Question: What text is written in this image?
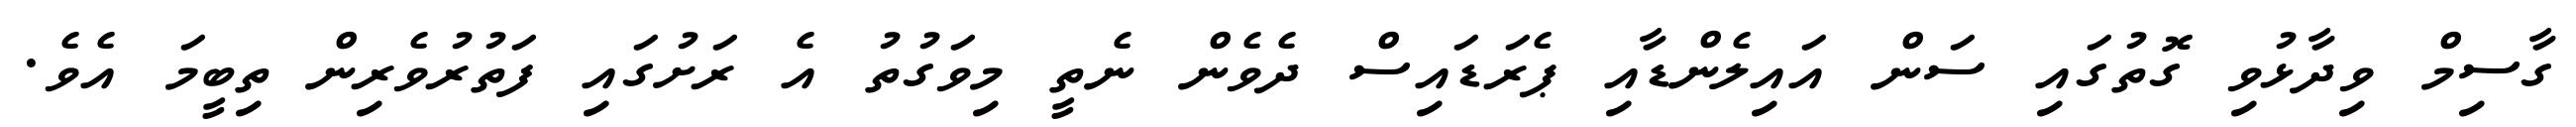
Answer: ގާސިމް ވިދާޅުވި ގޮތުގައި ސަން އައިލެންޑާއި ޕެރަޑައިސް ދެވެން ނެތީ މިވަގުތު އެ ރަށުގައި ފަތުރުވެރިން ތިބީމަ އެވެ.